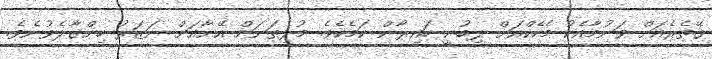
ގޭތެރެއަށް ވަނުމާއެކު މެހެކްއަށް ލިބުނީ ހައިރާން ކަމެކެވެ. މުޅިތަނަށް އޭނާއަށް ނަޒަރު ހިންގާލެވުނެވެ.